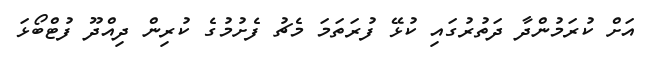
އަށް ކުރަމުންދާ ދަތުރުގައި ކުޅޭ ފުރަތަމަ މެޗު ފެށުމުގެ ކުރިން ދިއްދޫ ފުޓްބޯޅަ